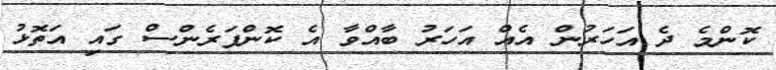
ކޮންމެ ދެ އަހަރުން އެއް އަހަރު ބާއްވާ އެ ކޮންފަރެންސް ގައި އަތޮޅު